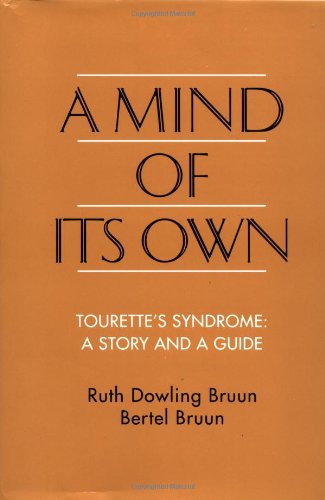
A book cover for A Mind of Its Own: Tourette's Syndrome: a Story and a Guide; Ruth Dowling Bruun; Health, Fitness & Dieting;